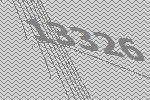
13326